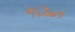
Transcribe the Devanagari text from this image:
१६२७१